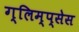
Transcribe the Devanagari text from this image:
ग्लिम्प्सेस